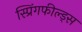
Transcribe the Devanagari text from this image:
स्प्रिंगफील्ड्स